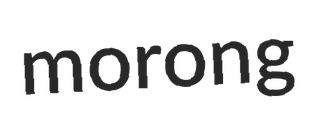
morong